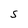
Character: S